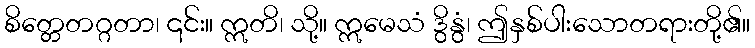
စိတ္တေတဂ္ဂတာ၊ ၎င်း။ ဣတိ၊ သို့။ ဣမေသံ ဒွိနွံ၊ ဤနှစ်ပါးသောတရားတို့၏။